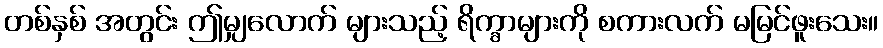
တစ်နှစ် အတွင်း ဤမျှလောက် များသည့် ရိက္ခာများကို စကားလက် မမြင်ဖူးသေး။